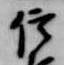
信